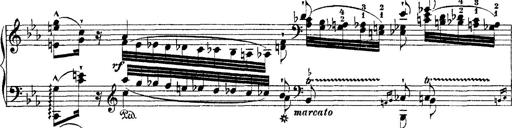
Title: Ã‰tudes d'exÃ©cution transcendante d'aprÃ¨s Paganini
Composer: Franz Liszt